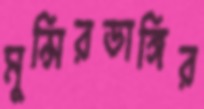
মুন্সিরডাঙ্গির